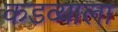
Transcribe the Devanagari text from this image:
कडव्याला